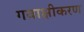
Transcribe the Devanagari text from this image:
गवाक्षीकरण